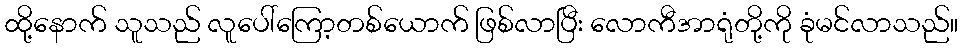
ထို့နောက် သူသည် လူပေါ်ကြော့တစ်ယောက် ဖြစ်လာပြီး လောကီအာရုံတို့ကို ခုံမင်လာသည်။